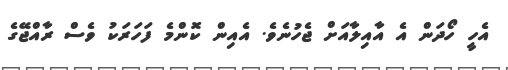
އެހީ ހޯދަން އެ އާއިލާއަށް ޖެހުނެވެ. އެއިން ކޮންމެ ފަހަރަކު ވެސް ރާއްޖޭގެ